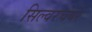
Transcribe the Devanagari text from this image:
सिल्वरचेयर